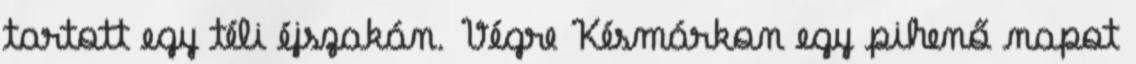
tartott egy téli éjszakán. Végre Késmárkon egy pihenő napot